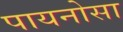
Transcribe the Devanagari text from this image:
पायनोसा